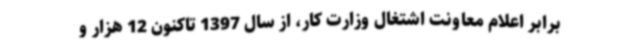
برابر اعلام معاونت اشتغال وزارت کار، از سال 1397 تاکنون 12 هزار و